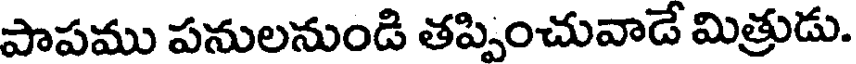
పాపము పనులనుండి తప్పించువాడే మిత్రుడు.